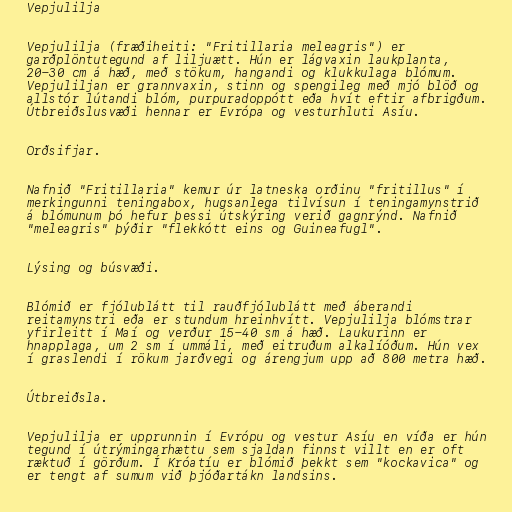
Vepjulilja

Vepjulilja (fræðiheiti: "Fritillaria meleagris") er
garðplöntutegund af liljuætt. Hún er lágvaxin laukplanta,
20-30 cm á hæð, með stökum, hangandi og klukkulaga blómum.
Vepjuliljan er grannvaxin, stinn og spengileg með mjó blöð og
allstór lútandi blóm, purpuradoppótt eða hvít eftir afbrigðum.
Útbreiðslusvæði hennar er Evrópa og vesturhluti Asíu.

Orðsifjar.

Nafnið "Fritillaria" kemur úr latneska orðinu "fritillus" í
merkingunni teningabox, hugsanlega tilvísun í teningamynstrið
á blómunum þó hefur þessi útskýring verið gagnrýnd. Nafnið
"meleagris" þýðir "flekkótt eins og Guineafugl".

Lýsing og búsvæði.

Blómið er fjólublátt til rauðfjólublátt með áberandi
reitamynstri eða er stundum hreinhvítt. Vepjulilja blómstrar
yfirleitt í Maí og verður 15-40 sm á hæð. Laukurinn er
hnapplaga, um 2 sm í ummáli, með eitruðum alkalíóðum. Hún vex
í graslendi í rökum jarðvegi og árengjum upp að 800 metra hæð.

Útbreiðsla.

Vepjulilja er upprunnin í Evrópu og vestur Asíu en víða er hún
tegund í útrýmingarhættu sem sjaldan finnst villt en er oft
ræktuð í görðum. Í Króatíu er blómið þekkt sem "kockavica" og
er tengt af sumum við þjóðartákn landsins.